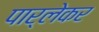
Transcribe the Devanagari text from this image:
पार्लेकर